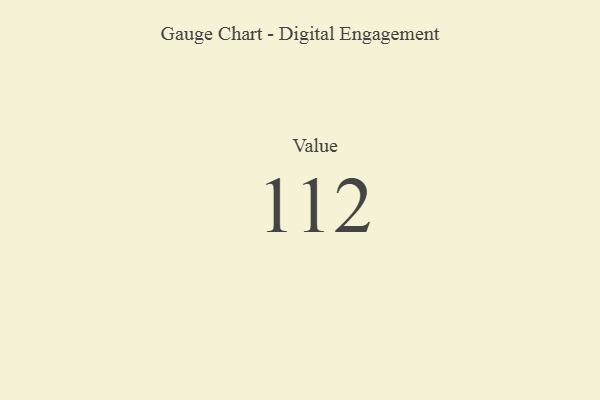
{"axis": {"x": "Metric", "y": "Value"}, "legend": [""], "data": [{"x": "Value", "y": 112, "type": ""}]}